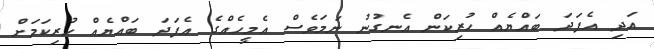
އަދި އެފަދަ ބައްޔެއް ހުރިކަން އެނގުނު ނަމަވެސް އެމީހެއްގެ އެފަދަ ބައްޔެއް ހުރިކަމަށް